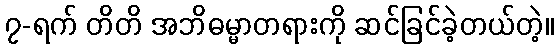
၇-ရက် တိတိ အဘိဓမ္မာတရားကို ဆင်ခြင်ခဲ့တယ်တဲ့။